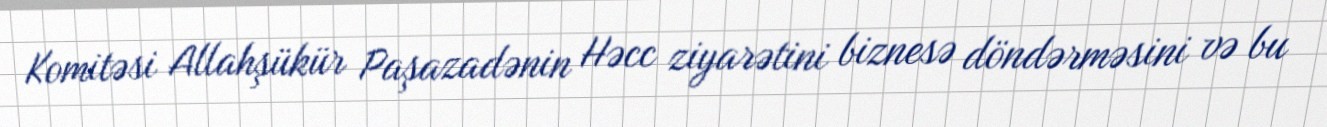
Komitəsi Allahşükür Paşazadənin Həcc ziyarətini biznesə döndərməsini və bu